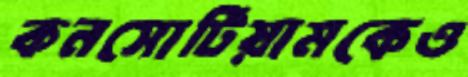
কনসোর্টিয়ামকেও